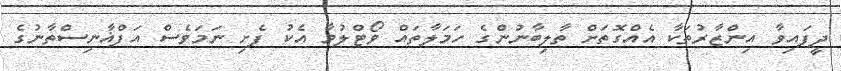
ދީފައިވާ އިންޒާރުތަކާ އެއްގޮތަށް ތާލިބާނުންގެ ހަމަލާތައް ވޯޓްލުމާ އެކު ފެށި ނަމަވެސް އަފްޣާނިސްތާނުގެ